Scottish Certificate of Education, 1962
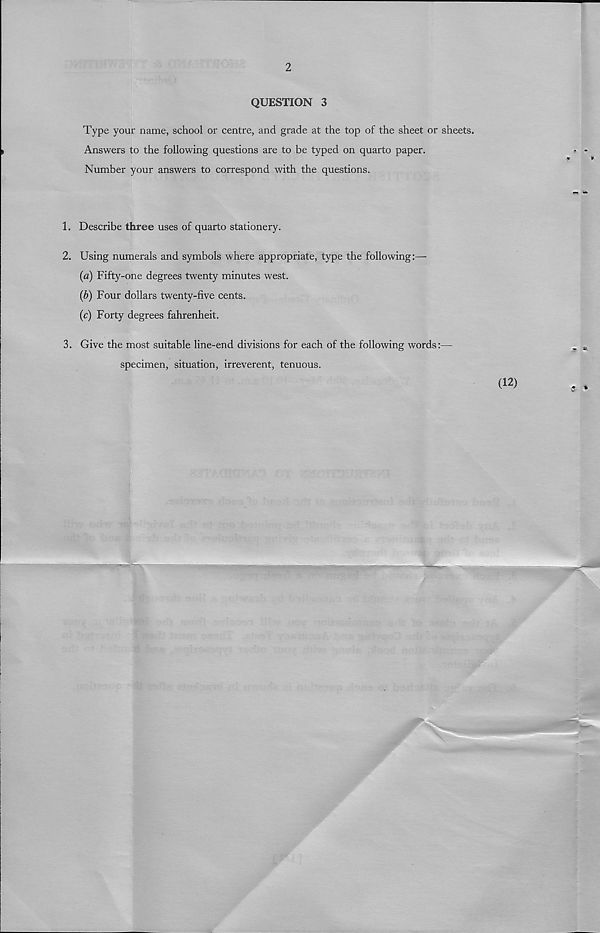
2
QUESTION 3
Type your name, school or centre, and grade at the top of the sheet or sheets.
Answers to the following questions are to be typed on quarto paper.
Number your answers to correspond with the questions.
1. Describe three uses of quarto stationery.
2. Using numerals and symbols where appropriate, type the following:—
(a) Fifty-one degrees twenty minutes west.
(b) Four dollars twenty-five cents.
(c) Forty degrees fahrenheit.
3. Give the most suitable line-end divisions for each of the following words:—
specimen, situation, irreverent, tenuous.
(12)